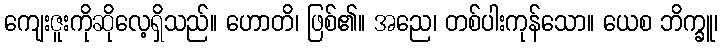
ကျေးဇူးကိုဆိုလေ့ရှိသည်။ ဟောတိ၊ ဖြစ်၏။ အညေ၊ တစ်ပါးကုန်သော။ ယေစ ဘိက္ခူ၊